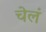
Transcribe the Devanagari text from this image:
चेलं